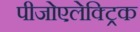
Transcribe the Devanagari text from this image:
पीजोएलेक्ट्रिक